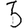
Digit: 3